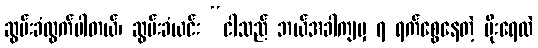
ဆွမ်းခံထွက်ပါတယ်၊ ဆွမ်းခံယင်း “ငါသည် ဘယ်အခါကျမှ ၇ ရက်စွေနေတဲ့ မိုးရေထဲ